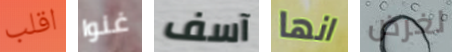
اقلب غنوا آسف انها لغرض